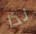
لذا